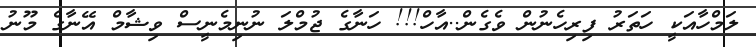
ލަމްހާއަކީ ހަތަރު ފިރިހެނުން ވެގެން..އާހް!!! ހަނާގެ ޖުމްލަ ނުނިމެނީސް ވިޝާމް އޭނާގެ މޫނު